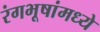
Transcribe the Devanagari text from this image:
रंगभूषांमध्ये